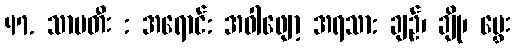
47. သာပတီး : အရောင်: အဝါဖျော့ အရသာ: ချဉ်၊ ချို၊ မွှေး